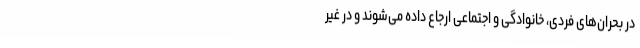
در بحران‌های فردی، خانوادگی و اجتماعی ارجاع داده می‌شوند و در غیر